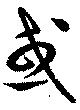
或